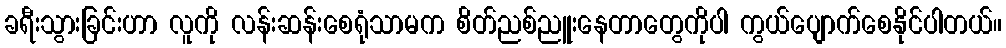
ခရီးသွားခြင်းဟာ လူကို လန်းဆန်းစေရုံသာမက စိတ်ညစ်ညူးနေတာတွေကိုပါ ကွယ်ပျောက်စေနိုင်ပါတယ်။